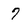
Character: 7